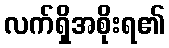
လက်ရှိအစိုးရ၏